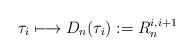
\begin{align*}\tau_i \longmapsto D_n(\tau_i) := R_n^{i,i+1}\end{align*}